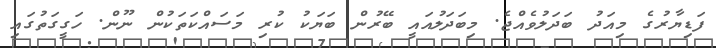
ފަޑިޔާރުގެ މިއަދު ބަދަލުވެއްޖެ. މިބަދަލުއައީ ބޭރުން ބަޔަކު ކުރި މަސައްކަތަކުން ނޫން. ހަގީގަތުގައި